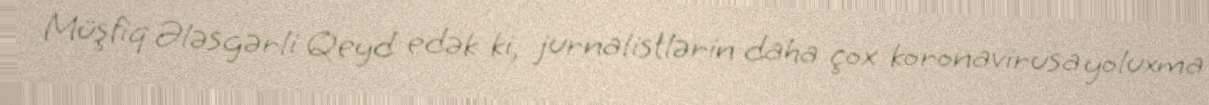
Müşfiq Ələsgərli Qeyd edək ki, jurnalistlərin daha çox koronavirusa yoluxma